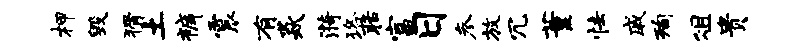
柙毁猾土裤震有焱漪珞聒富日参放冗董怯戚洵俎贵